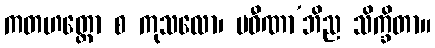
ကတဟတ္ထော စ ကုသလော၊ ပဝီဏာ’ဘိည သိက္ခိတာ။